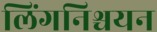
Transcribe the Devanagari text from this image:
लिंगनिश्चयन